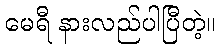
မေရီ နားလည်ပါပြီတဲ့။